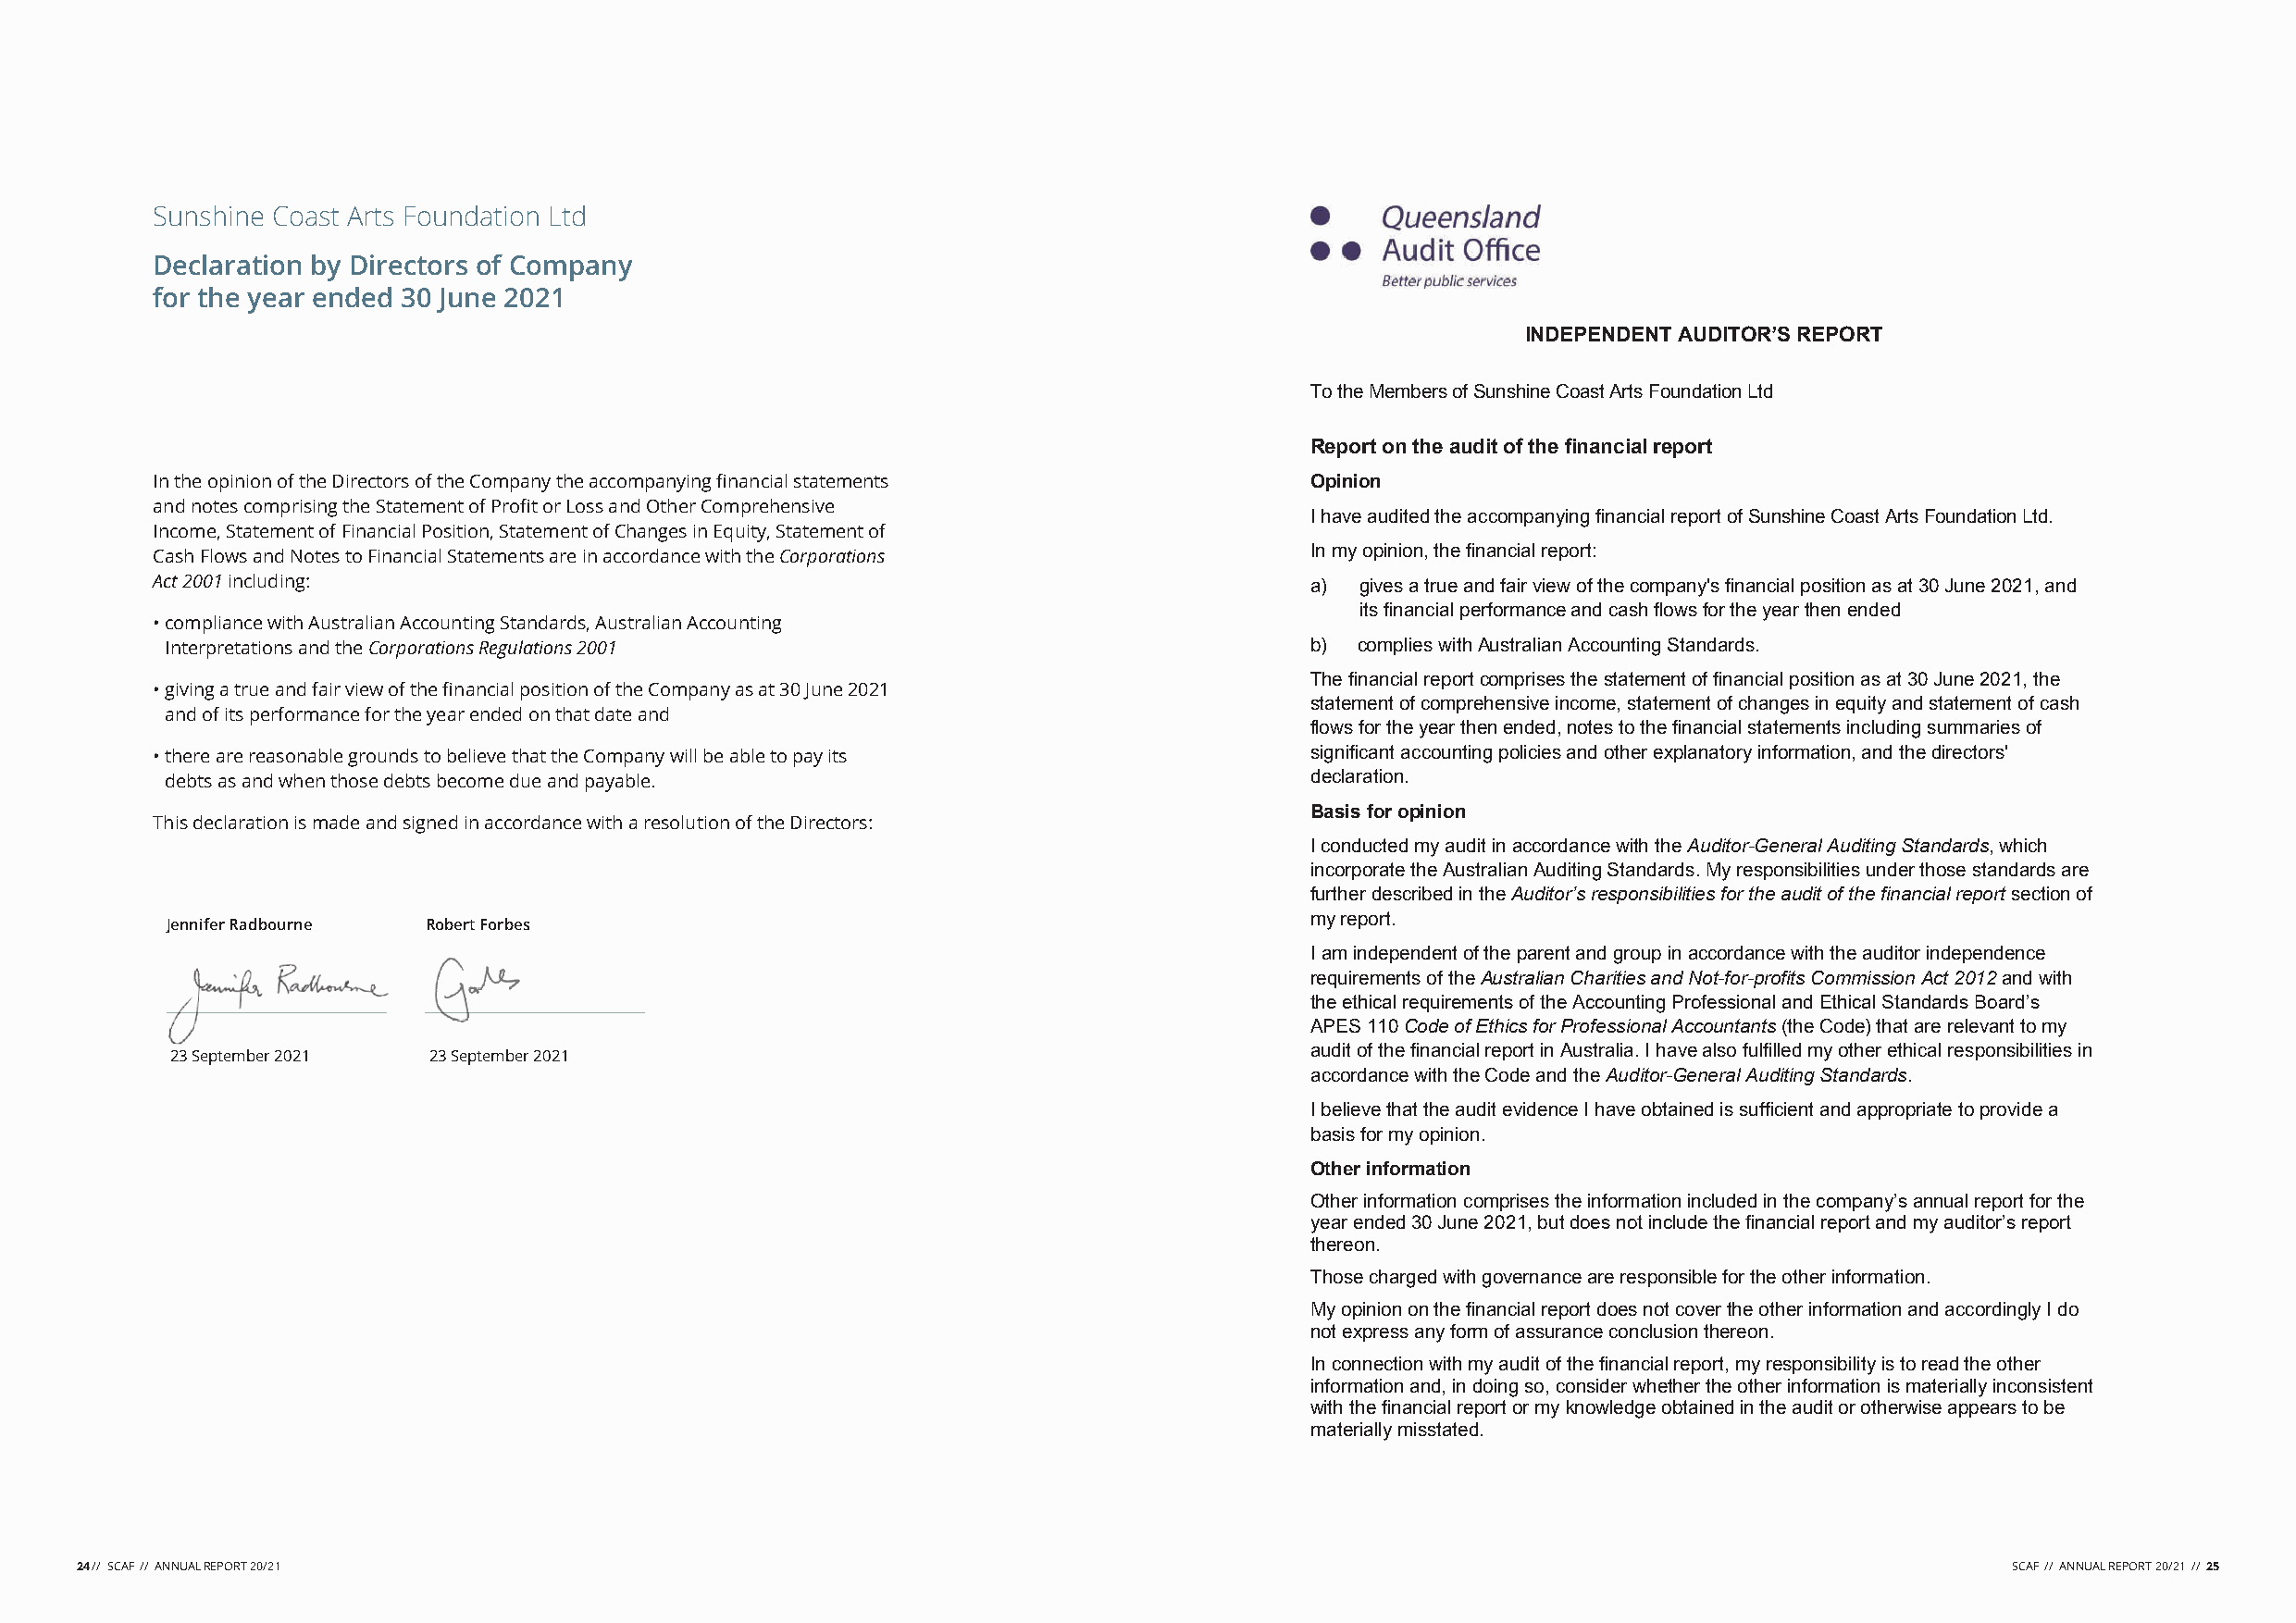
Sunshine Coast Arts Foundation Ltd
 Declaration by Directors of Company
 for the year ended 30 June 2021
 INDEPENDENT AUDITOR’S REPORT
 To the Members of Sunshine Coast Arts Foundation Ltd
 Report on the audit of the financial report
 In the opinion of the Directors of the Company the accompanying financial statements Opinion
 and notes comprising the Statement of Profit or Loss and Other Comprehensive
 I have audited the accompanying financial report of Sunshine Coast Arts Foundation Ltd.
 Income, Statement of Financial Position, Statement of Changes in Equity, Statement of
 Cash Flows and Notes to Financial Statements are in accordance with the Corporations In my opinion, the financial report:
 Act 2001 including:                                                                a) gives a true and fair view of the company's financial position as at 30 June 2021, and
 its financial performance and cash flows for the year then ended
 • compliance with Australian Accounting Standards, Australian Accounting
 Interpretations and the Corporations Regulations 2001                             b) complies with Australian Accounting Standards.
 The financial report comprises the statement of financial position as at 30 June 2021, the
 • giving a true and fair view of the financial position of the Company as at 30 June 2021
 statement of comprehensive income, statement of changes in equity and statement of cash
 and of its performance for the year ended on that date and
 flows for the year then ended, notes to the financial statements including summaries of
 • there are reasonable grounds to believe that the Company will be able to pay its significant accounting policies and other explanatory information, and the directors'
 debts as and when those debts become due and payable.                             declaration.
 Basis for opinion
 This declaration is made and signed in accordance with a resolution of the Directors:
 I conducted my audit in accordance with the Auditor-General Auditing Standards, which
 incorporate the Australian Auditing Standards. My responsibilities under those standards are
 further described in the Auditor’s responsibilities for the audit of the financial report section of
 my report.
 Jennifer Radbourne Robert Forbes
 I am independent of the parent and group in accordance with the auditor independence
 requirements of the Australian Charities and Not-for-profits Commission Act 2012 and with
 the ethical requirements of the Accounting Professional and Ethical Standards Board’s
 APES 110 Code of Ethics for Professional Accountants (the Code) that are relevant to my
 audit of the financial report in Australia. I have also fulfilled my other ethical responsibilities in
 23 September 2021  23 September 2021
 accordance with the Code and the Auditor-General Auditing Standards.
 I believe that the audit evidence I have obtained is sufficient and appropriate to provide a
 basis for my opinion.
 Other information
 Other information comprises the information included in the company’s annual report for the
 year ended 30 June 2021, but does not include the financial report and my auditor’s report
 thereon.
 Those charged with governance are responsible for the other information.
 My opinion on the financial report does not cover the other information and accordingly I do
 not express any form of assurance conclusion thereon.
 In connection with my audit of the financial report, my responsibility is to read the other
 information and, in doing so, consider whether the other information is materially inconsistent
 with the financial report or my knowledge obtained in the audit or otherwise appears to be
 materially misstated.
 24 // SCAF // ANNUAL REPORT 20/21                                                                                                          SCAF // ANNUAL REPORT 20/21 // 25